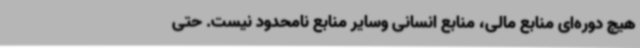
هیچ دوره‌ای منابع مالی، منابع انسانی وسایر منابع نامحدود نیست. حتی